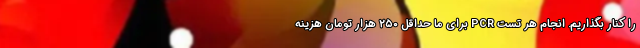
را کنار بگذاریم. انجام هر تست PCR برای ما حداقل ۲۵۰ هزار تومان هزینه